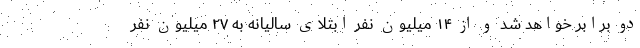
دو برابر خواهد شد و از ۱۴ میلیون نفر ابتلای سالیانه به ۲۷ میلیون نفر